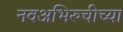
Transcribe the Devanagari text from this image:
नवअभिरुचीच्या